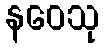
နဝေသု